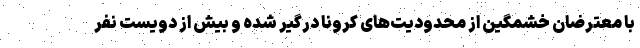
با معترضانِ خشمگین از محدودیت‌های کرونا درگیر شده و بیش از دویست نفر